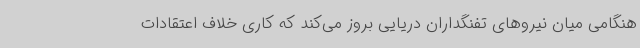
هنگامی میان نیروهای تفنگداران دریایی بروز می‌کند که کاری خلاف اعتقادات